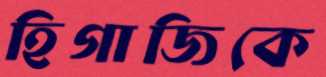
হিগাজিকে